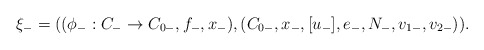
\begin{align*}\xi_-= ((\phi_-:C_-\rightarrow C_{0-},f_-,x_-),(C_{0-},x_-,[u_-],e_-,N_-,v_{1-},v_{2-})).\end{align*}